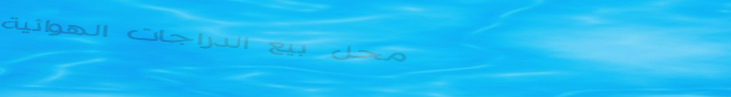
محل بيع الدراجات الهوائية